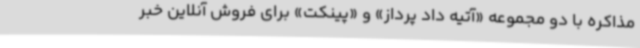
مذاکره با دو مجموعه «آتیه داد پرداز» و «پینکت» برای فروش آنلاین خبر